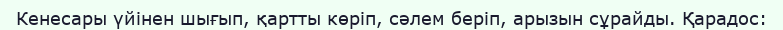
Кенесары үйінен шығып, қартты көріп, сәлем беріп, арызын сұрайды. Қарадос: